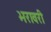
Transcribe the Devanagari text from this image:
भरावरी